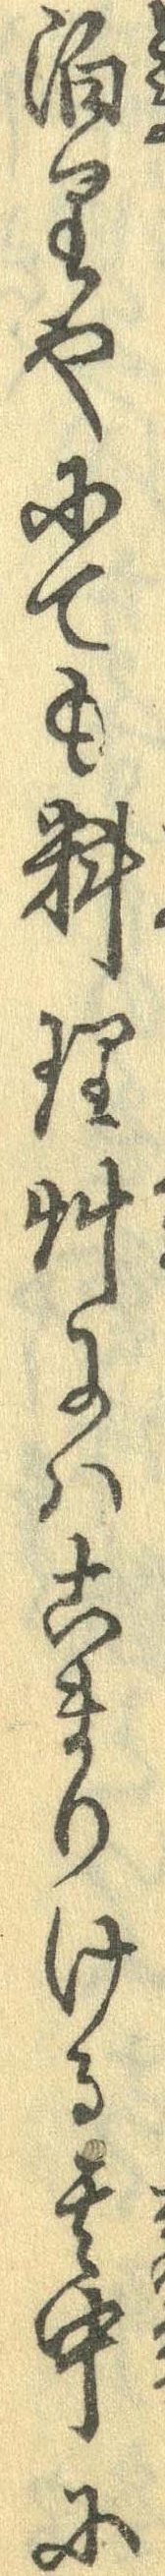
泊りやにても料理艸にはこまりける其中に